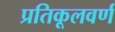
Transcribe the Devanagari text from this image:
प्रतिकूलवर्ण